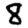
Digit: 8